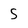
Character: S